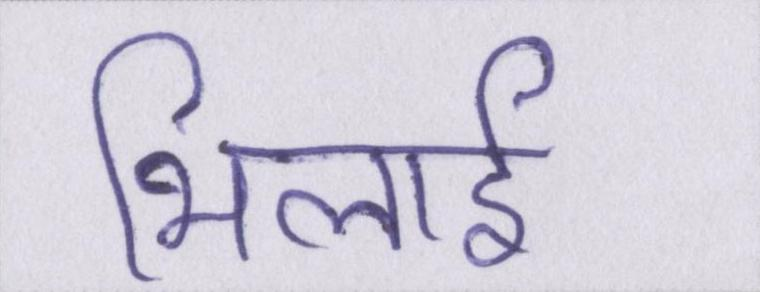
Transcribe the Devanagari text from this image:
भिलाई